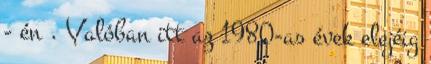
- én . Valóban itt az 1980-as évek elejéig